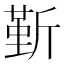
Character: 𣂷